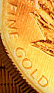
FIVE GOLD